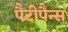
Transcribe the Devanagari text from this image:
पैटीपैन्स